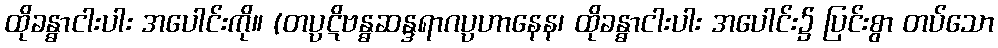
ထိုခန္ဓာငါးပါး အပေါင်းကို။ (တပ္ပဋိဗန္ဓဆန္ဒရာဂပ္ပဟာနေန၊ ထိုခန္ဓာငါးပါး အပေါင်း၌ ပြင်းစွာ တပ်သော